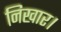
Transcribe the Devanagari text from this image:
निखार।